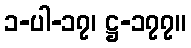
၁-ပါ-၁၇၊ ဋ္ဌ-၁၇၇။